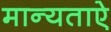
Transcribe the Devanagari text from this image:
मान्यताऐ